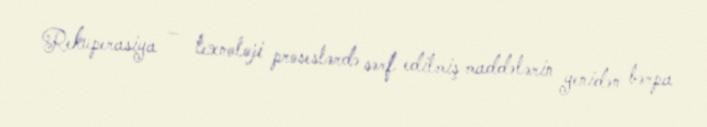
Rekuperasiya — texnoloji proseslərdə sərf edilmiş maddələrin yenidən bərpa